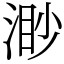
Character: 渺